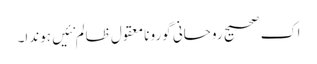
اک صحیح روحانی گورو نامعقول ظالم نئیں ہوندا۔